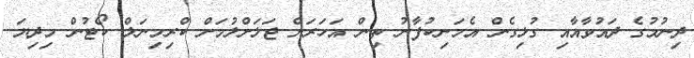
ދިނުމުގެ ދައުވާއާއި ގުޅިގެން އެމަނިކުފާނު ތިން އަހަރަށް ޖަލަށްލުމަށް ކްރިމިނަލް ކޯޓުން މިދިޔަ